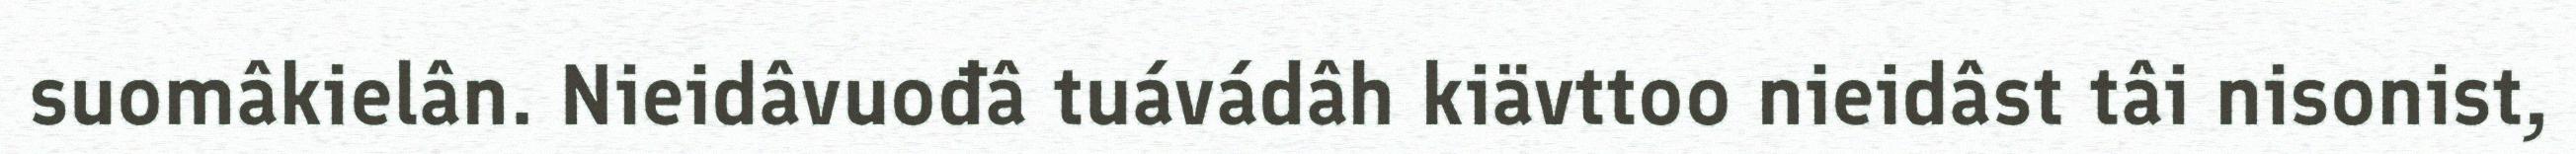
suomâkielân. Nieidâvuođâ tuávádâh kiävttoo nieidâst tâi nisonist,